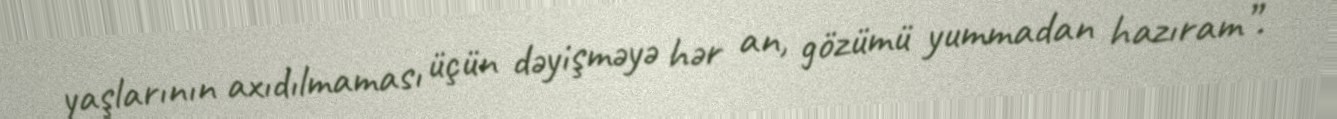
yaşlarının axıdılmaması üçün dəyişməyə hər an, gözümü yummadan hazıram”.